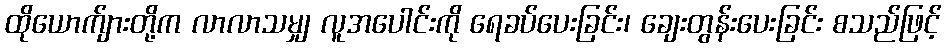
ထိုယောက်ျားတို့က လာလာသမျှ လူအပေါင်းကို ရေခပ်ပေးခြင်း၊ ချေးတွန်းပေးခြင်း စသည်ဖြင့်